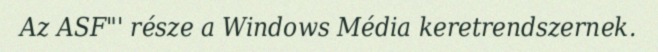
Az ASF"' része a Windows Média keretrendszernek.